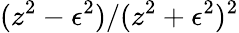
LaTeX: {(z^{2}-\epsilon^{2})}/{(z^{2}+\epsilon^{2})^{2}}